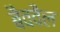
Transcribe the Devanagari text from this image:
बैववैल